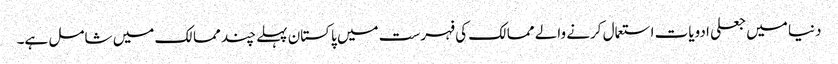
دنیا میں جعلی ادویات استعمال کرنے والے ممالک کی فہرست میں پاکستان پہلے چند ممالک میں شامل ہے۔